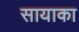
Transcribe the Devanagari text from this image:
सायाका